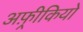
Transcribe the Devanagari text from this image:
अफ़्रीकियो